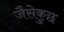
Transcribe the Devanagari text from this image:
जैसेकुछ